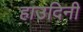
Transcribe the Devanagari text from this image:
हाउदिनी